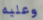
وعليه